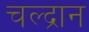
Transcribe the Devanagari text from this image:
चल्द्रान